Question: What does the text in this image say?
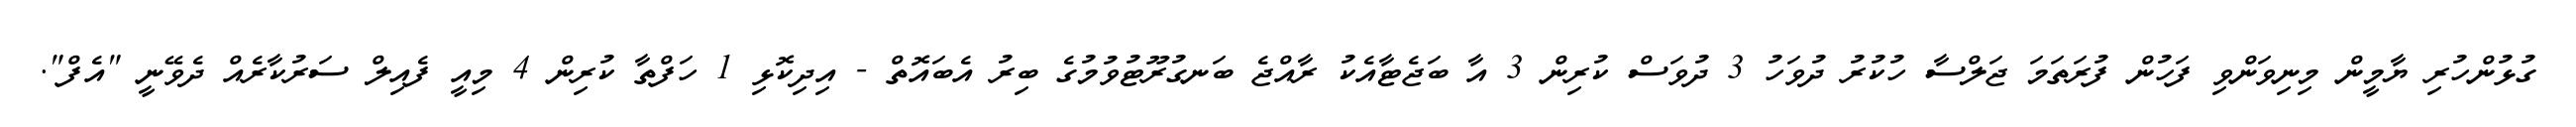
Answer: ގުޅުންހުރި ޔާމީން މިނިވަންވި ފަހުން ފުރަތަމަ ޖަލްސާ ހުކުރު ދުވަހު 3 ދުވަސް ކުރިން 3 އާ ބަޖެޓާއެކު ރާއްޖެ ބަނގުރޫޓުވުމުގެ ބިރު އެބައޮތް - އިދިކޮޅި 1 ހަފްތާ ކުރިން 4 މިއީ ފެއިލް ސަރުކާރެއް ދެވޭނީ "އެފް".